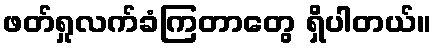
ဖတ်ရှုလက်ခံကြတာတွေ ရှိပါတယ်။